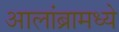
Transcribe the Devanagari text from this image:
आलांब्रामध्ये